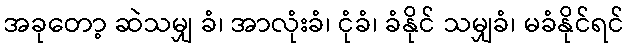
အခုတော့ ဆဲသမျှ ခံ၊ အာလုံးခံ၊ ငုံခံ၊ ခံနိုင် သမျှခံ၊ မခံနိုင်ရင်